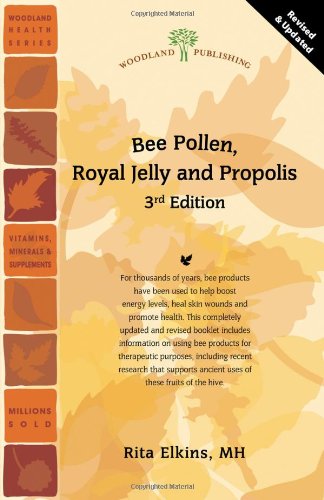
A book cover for Bee Pollen, Royal Jelly and Propolis (Woodland Health Series); Rita Elkins MH; Parenting & Relationships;